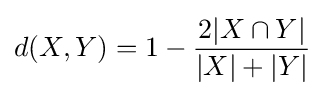
d(X,Y)=1-{\frac {2|X\cap Y|}{|X|+|Y|}}